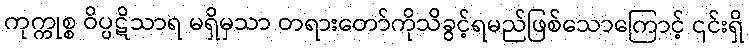
ကုက္ကုစ္စ ဝိပ္ပဋိသာရ မရှိမှသာ တရားတော်ကိုသိခွင့်ရမည်ဖြစ်သောကြောင့် ၎င်းရှိ